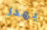
يهدر